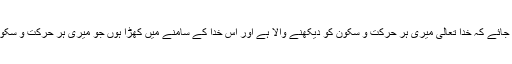
یہ سمجھ کر ادا کی جائے کہ خدا تعالیٰ میری ہر حرکت و سکون کو دیکھنے والا ہے اور اُس خدا کے سامنے مَیں کھڑا ہوں جو میری ہر حرکت و سکون کو دیکھ رہا ہے۔